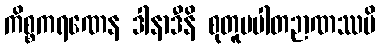
ကိစ္စကရဏေန ဒါနာဒီနိ စုတူပပါတဉာဏဿပိ